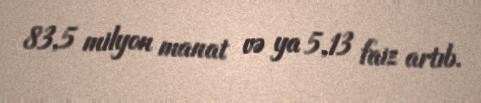
83,5 milyon manat və ya 5,13 faiz artıb.